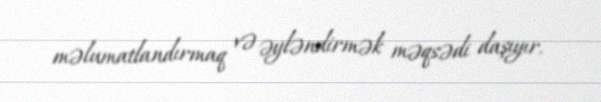
məlumatlandırmaq və əyləndirmək məqsədi daşıyır.